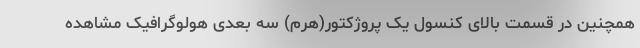
همچنین در قسمت بالای کنسول یک پروژکتور(هرم) سه بعدی هولوگرافیک مشاهده